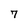
Character: 7